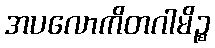
အပလောကိတဂါမိဉ္စ